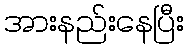
အားနည်းနေပြီး